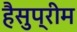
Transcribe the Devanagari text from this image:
हैसुप्रीम